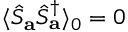
\langle \hat { S } _ { \mathbf { a } } \hat { S } _ { \mathbf { a } } ^ { \dagger } \rangle _ { 0 } = 0